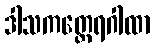
ဒါသကတ္ထေရဂါထာ